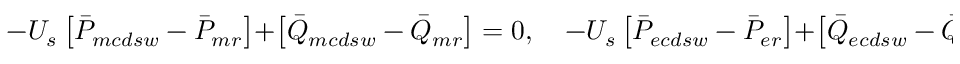
- U _ { s } \left[ \bar { P } _ { m c d s w } - \bar { P } _ { m r } \right] + \left[ \bar { Q } _ { m c d s w } - \bar { Q } _ { m r } \right] = 0 , \quad - U _ { s } \left[ \bar { P } _ { e c d s w } - \bar { P } _ { e r } \right] + \left[ \bar { Q } _ { e c d s w } - \bar { Q } _ { e r } \right] = 0 ,